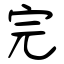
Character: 完